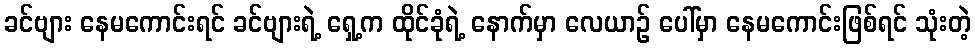
ခင်ဗျား နေမကောင်းရင် ခင်ဗျားရဲ့ ရှေ့က ထိုင်ခုံရဲ့ နောက်မှာ လေယာဉ် ပေါ်မှာ နေမကောင်းဖြစ်ရင် သုံးတဲ့